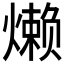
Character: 𬋍